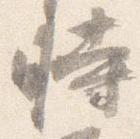
時